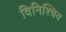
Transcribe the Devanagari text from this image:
विनिश्चिय